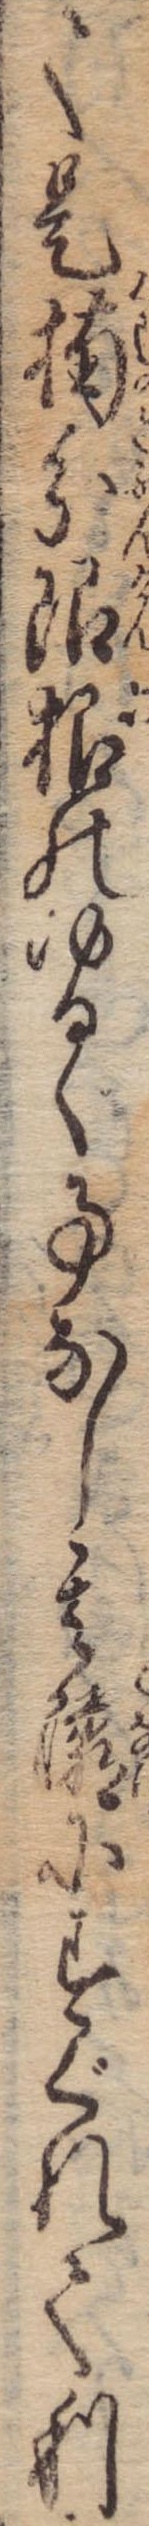
て是楠分限根のゆるく事なし其隣にすぐれて利